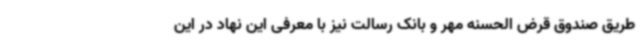
طریق صندوق قرض الحسنه مهر و بانک رسالت نیز با معرفی این نهاد در این